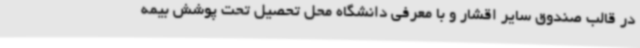
در قالب صندوق سایر اقشار و با معرفی دانشگاه محل تحصیل تحت پوشش بیمه